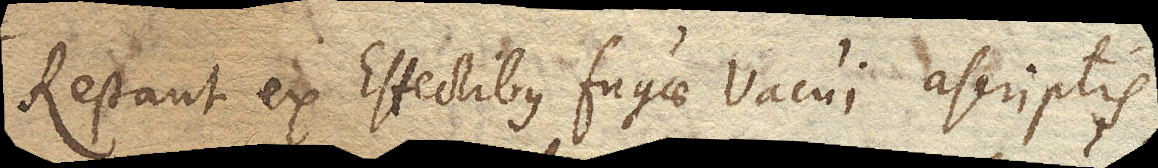
Restant ex effectibus fugae Vacui ascriptis